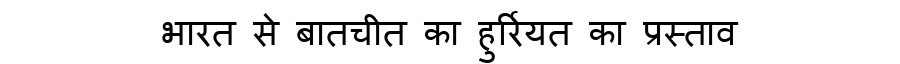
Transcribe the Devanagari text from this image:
भारत से बातचीत का हुर्रियत का प्रस्ताव